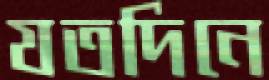
যতদিনে